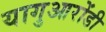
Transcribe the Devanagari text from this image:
यागुआरोंडी